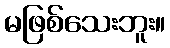
မဖြစ်သေးဘူး။